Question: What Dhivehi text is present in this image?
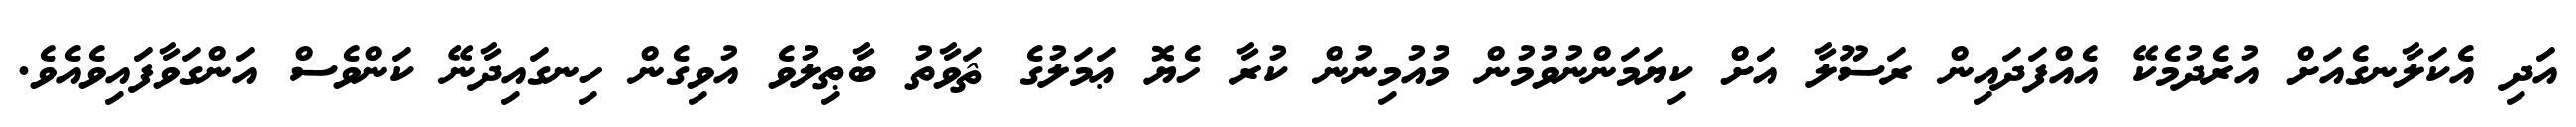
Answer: އަދި އެކަލާނގެއަށް އުރެދުމެކޭ އެއްފަދައިން ރަސޫލާ އަށް ކިޔަމަންނުވުމުން މުއުމިނުން ކުރާ ހެޔޮ ޢަމަލުގެ ޘަވާތު ބާޠިލުވެ އުވިގެން ހިނގައިދާނޭ ކަންވެސް އަންގަވާފައިވެއެވެ.